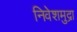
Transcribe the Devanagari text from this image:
निवेशमुद्रा